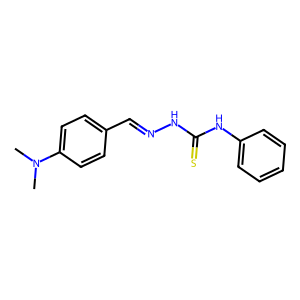
SMILES: CN(C)c1ccc(C=NNC(=S)Nc2ccccc2)cc1
Inhibits HIV replication: No